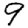
Digit: 9